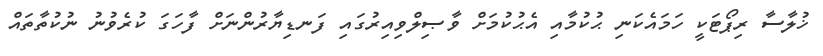
ޚުލާސާ ރިޕޯޓަކީ ހަމައެކަނި ޙުކުމާއި އެޙުކުމަށް ވާޞިލްވިއިރުގައި ފަނޑިޔާރުންނަށް ފާހަގަ ކުރެވުނު ނުކުތާތައް